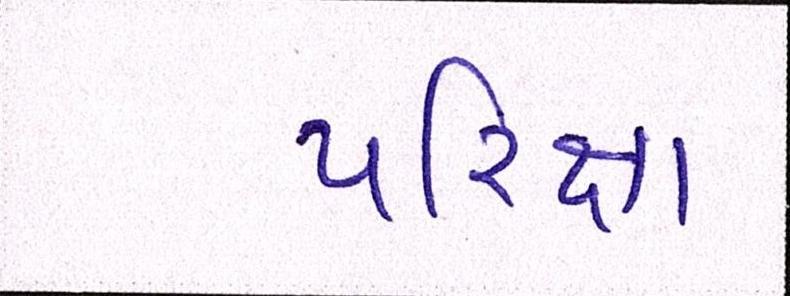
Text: પરિક્ષા